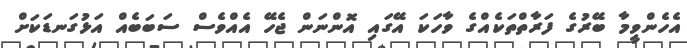
އެހެންވީމާ ބޭރުގެ ފަރާތްތަކެއްގެ ވާހަކަ އޭގައި އޮންނަން ޖެހޭ އެއްވެސް ސަބަބެއް އަޅުގަނޑަކަށް